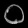
Digit: ၀